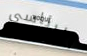
الرئاسي